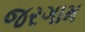
જરગામ